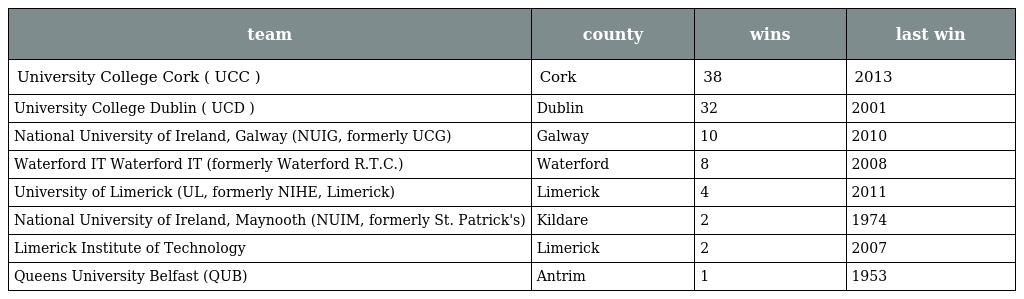
| team | county | wins | last win |
 | --- | --- | --- | --- |
 | University College Cork ( UCC ) | Cork | 38 | 2013 |
 | University College Dublin ( UCD ) | Dublin | 32 | 2001 |
 | National University of Ireland, Galway (NUIG, formerly UCG) | Galway | 10 | 2010 |
 | Waterford IT Waterford IT (formerly Waterford R.T.C.) | Waterford | 8 | 2008 |
 | University of Limerick (UL, formerly NIHE, Limerick) | Limerick | 4 | 2011 |
 | National University of Ireland, Maynooth (NUIM, formerly St. Patrick's) | Kildare | 2 | 1974 |
 | Limerick Institute of Technology | Limerick | 2 | 2007 |
 | Queens University Belfast (QUB) | Antrim | 1 | 1953 |